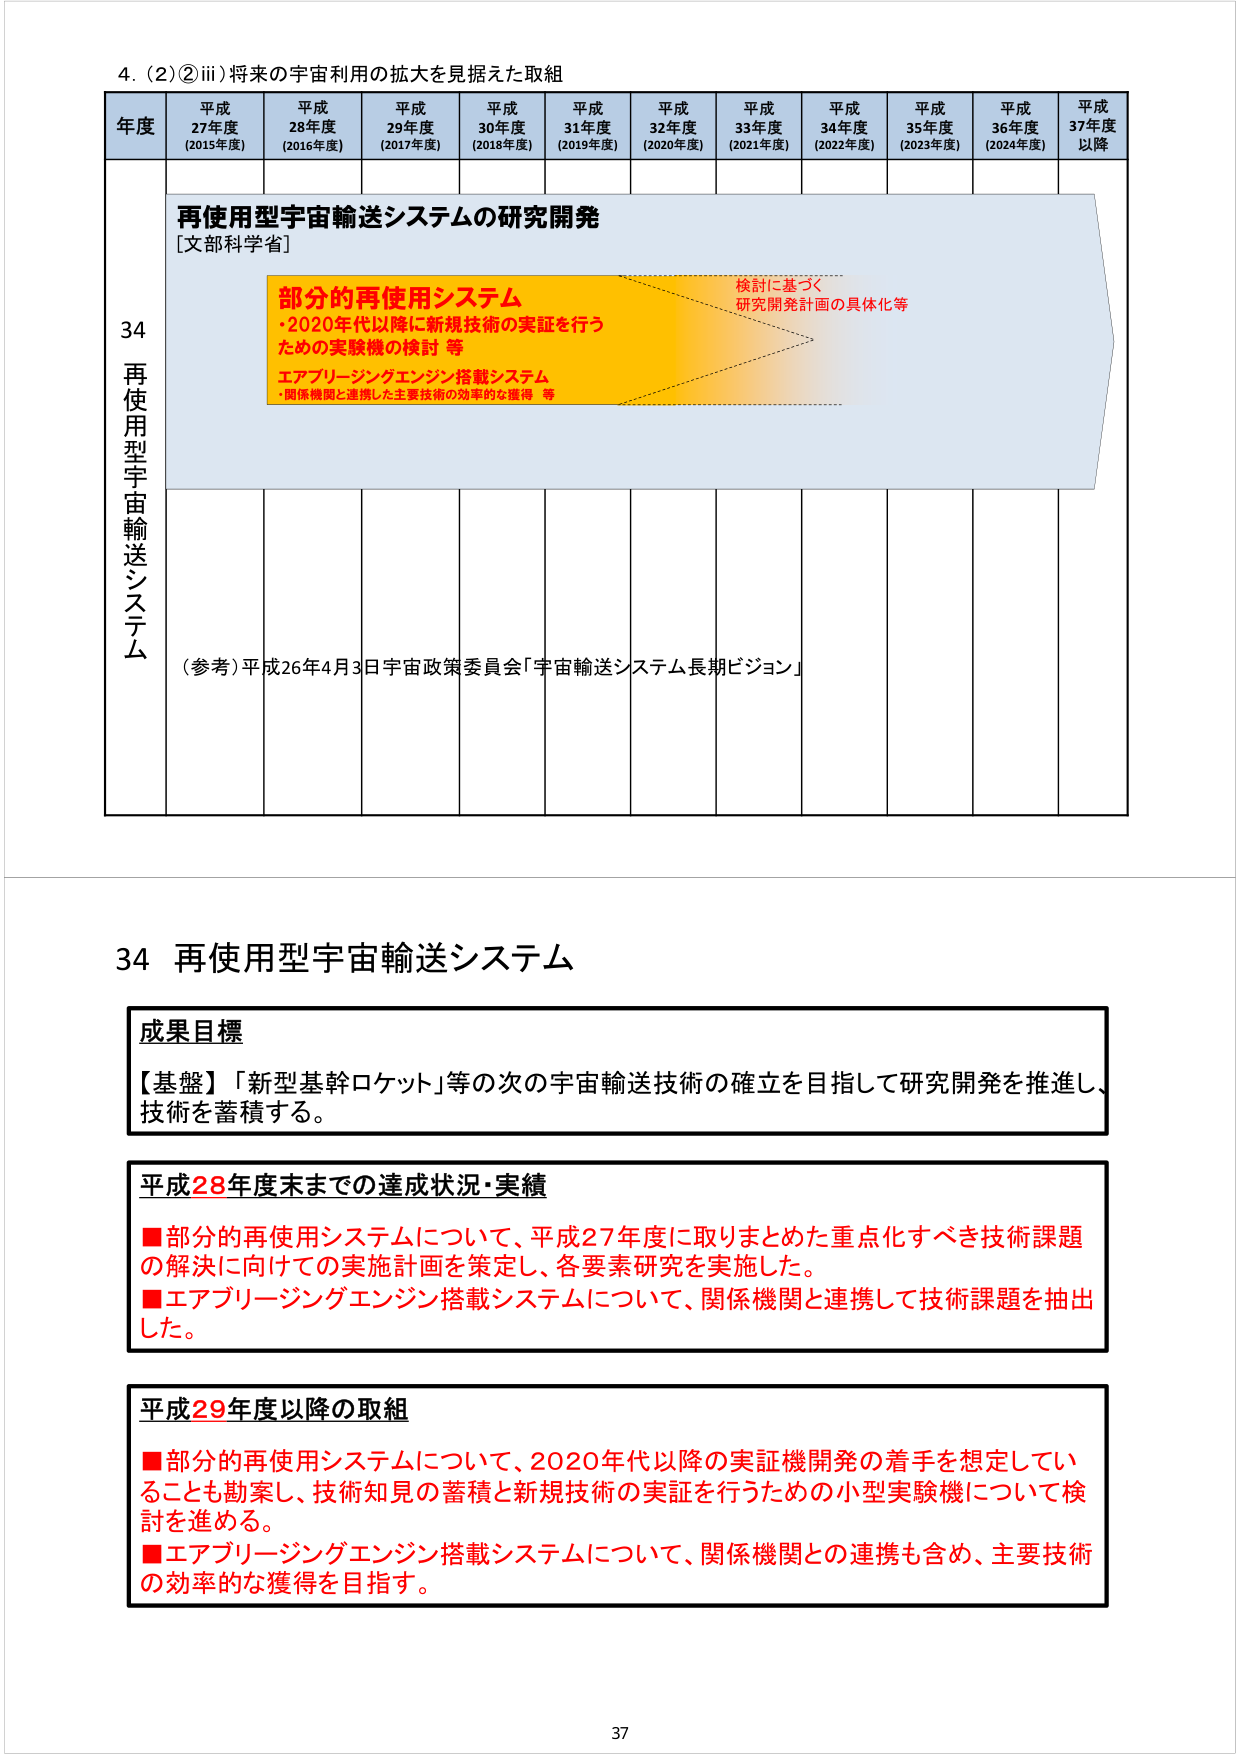
4. (2) ② iii) 将来の宇宙利用の拡大を見据えた取組

年度 平成27年度 (2015年度) 平成28年度 (2016年度) 平成29年度 (2017年度) 平成30年度 (2018年度) 平成31年度 (2019年度) 平成32年度 (2020年度) 平成33年度 (2021年度) 平成34年度 (2022年度) 平成35年度 (2023年度) 平成36年度 (2024年度) 平成37年度以降

34 再使用型宇宙輸送システム

再使用型宇宙輸送システムの研究開発
[文部科学省]

部分的再使用システム
・2020年代以降に新規技術の実証を行うための実験機の検討 等
エアブリージングエンジン搭載システム
・関係機関と連携した主要技術の効率的な獲得 等

検討に基づく
研究開発計画の具体化等

（参考）平成26年4月3日 宇宙政策委員会「宇宙輸送システム長期ビジョン」

34 再使用型宇宙輸送システム

成果目標
【基盤】「新型基幹ロケット」等の次の宇宙輸送技術の確立を目指して研究開発を推進し、技術を蓄積する。

平成28年度末までの達成状況・実績
■部分的再使用システムについて、平成27年度に取りまとめた重点化すべき技術課題の解決に向けての実施計画を策定し、各要素研究を実施した。
■エアブリージングエンジン搭載システムについて、関係機関と連携して技術課題を抽出した。

平成29年度以降の取組
■部分的再使用システムについて、2020年代以降の実証機開発の着手を想定していることも勘案し、技術知見の蓄積と新規技術の実証を行うための小型実験機について検討を進める。
■エアブリージングエンジン搭載システムについて、関係機関との連携も含め、主要技術の効率的な獲得を目指す。

37